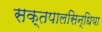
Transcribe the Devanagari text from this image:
सक्तपालसिन्धिया